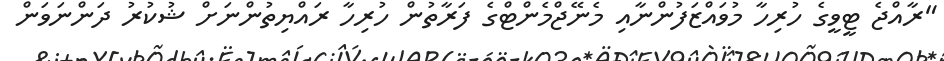
"ރާއްޖެ ޓީވީގެ ހުރިހާ މުވައްޒަފުންނާއި މެނޭޖްމެންޓްގެ ފަރާތުން ހުރިހާ ރައްޔިތުންނަށް ޝުކުރު ދަންނަވަން